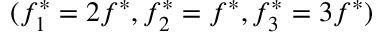
( f _ { 1 } ^ { * } = 2 f ^ { * } , f _ { 2 } ^ { * } = f ^ { * } , f _ { 3 } ^ { * } = 3 f ^ { * } )